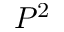
P ^ { 2 }